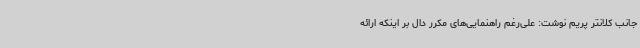
جانب کلانتر پریم نوشت: علی‌رغم راهنمایی‌های مکرر دال بر اینکه ارائه